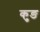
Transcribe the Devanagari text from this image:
कुङ